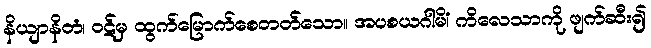
နိယျာနိတံ၊ ဝဋ်မှ ထွက်မြောက်စေတတ်သော။ အပစယဂါမိံ၊ ကိလေသာကို ဖျက်ဆီး၍